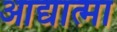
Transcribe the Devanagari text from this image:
आद्यात्मा